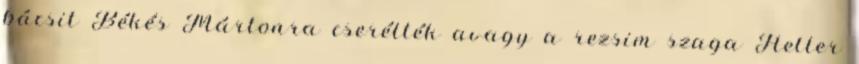
bácsit Békés Mártonra cserélték avagy a rezsim szaga Heller